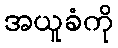
အယူခံကို